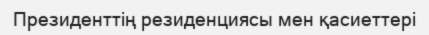
Президенттің резиденциясы мен қасиеттері